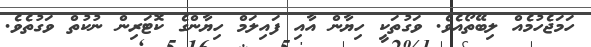
ހަމަޖެހުމެއް ލިބޭތޯއެވެ. ވަގުތަކީ ހިޔާން އާއި ފައިލަމް ހިޔާންގެ ކޮޓަރިން ނުކުތް ވަގުތެވެ.